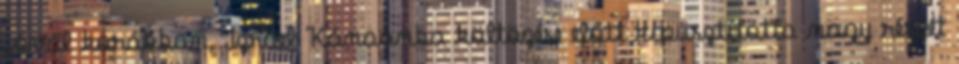
jóval korábban, Izrael Kánaánba költözése előtt kipusztította nagy részét